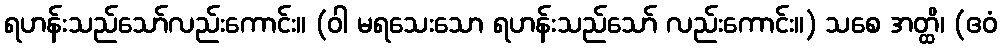
ရဟန်းသည်သော်လည်းကောင်း။ (ဝါ မရသေးသော ရဟန်းသည်သော် လည်းကောင်း။) သစေ အတ္ထိ၊ (ဧဝံ